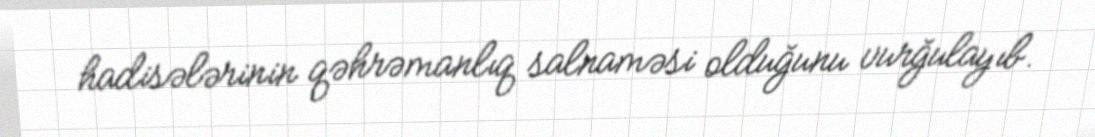
hadisələrinin qəhrəmanlıq salnaməsi olduğunu vurğulayıb.